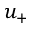
u _ { + }